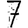
Digit: 7